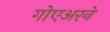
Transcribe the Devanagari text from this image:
गोएअरने